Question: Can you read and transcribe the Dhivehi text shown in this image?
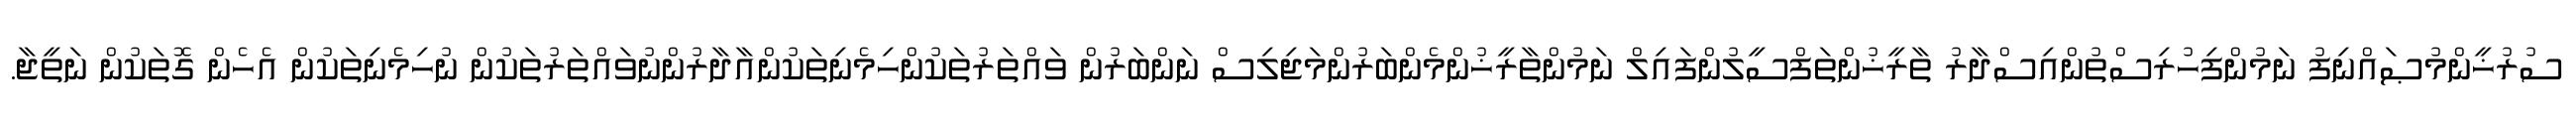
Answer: ސުރުޚީންމުޞައްނިފު ނަމުންފިހުރިސްތުންއިސްދާރު ތާރީޚުންތަފްސީލުންފައިލް ނަމުންތާރީޚުންމެންބަރުންމަޖިލިސް ނަންބަރުން ވައްތަރުތަކުންހިމެނިތަކުންއާދާރުންނުވައްތަރުތަކުން ނުހިމެނިތަކުން އެހެން ގޮތަކުން ނަތީޖާ.